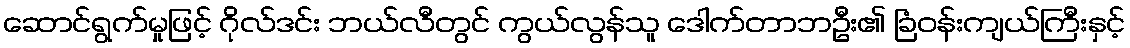
ဆောင်ရွက်မှုဖြင့် ဂိုလ်ဒင်း ဘယ်လီတွင် ကွယ်လွန်သူ ဒေါက်တာဘဦး၏ ခြံဝန်းကျယ်ကြီးနှင့်